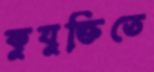
কুযুক্তিতে